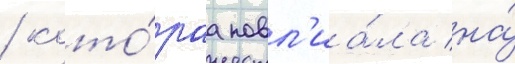
/ кото́раа повл'иа́ла на́